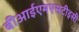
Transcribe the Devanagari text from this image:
बीआईएमएसटीइसी